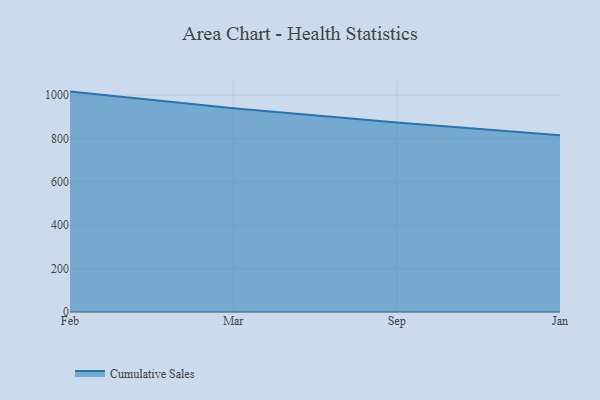
{"axis": {"x": "Month", "y": "Energy Usage (MWh)"}, "legend": ["Cumulative Sales"], "data": [{"x": "Feb", "y": 1016.5, "type": "Cumulative Sales"}, {"x": "Mar", "y": 939.8, "type": "Cumulative Sales"}, {"x": "Sep", "y": 874.2, "type": "Cumulative Sales"}, {"x": "Jan", "y": 815.3, "type": "Cumulative Sales"}]}